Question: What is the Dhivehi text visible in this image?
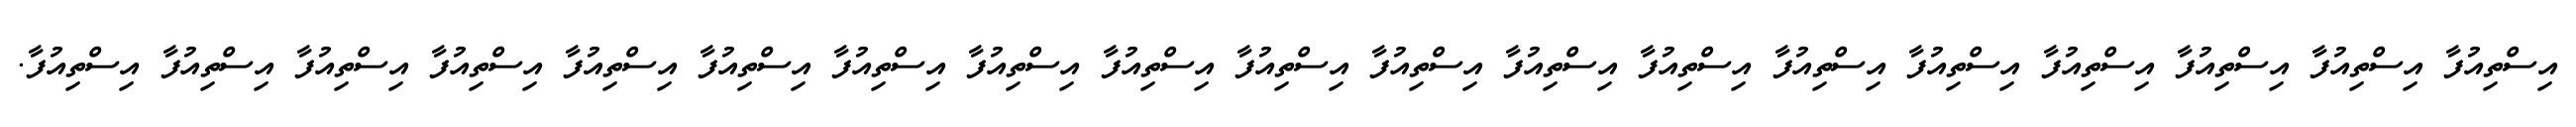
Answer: އިސްތިއުފާ އިސްތިއުފާ އިސްތިއުފާ އިސްތިއުފާ އިސްތިއުފާ އިސްތިއުފާ އިސްތިއުފާ އިސްތިއުފާ އިސްތިއުފާ އިސްތިއުފާ އިސްތިއުފާ އިސްތިއުފާ އިސްތިއުފާ އިސްތިއުފާ އިސްތިއުފާ އިސްތިއުފާ އިސްތިއުފާ އިސްތިއުފާ އިސްތިއުފާ.